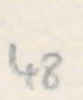
48